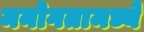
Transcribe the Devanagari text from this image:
मनोगतामध्ये